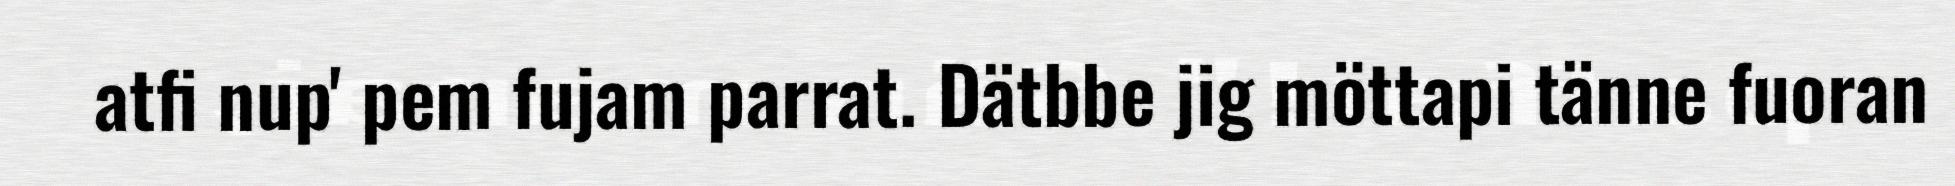
atfi nup' pem fujam parrat. Dätbbe jig möttapi tänne fuoran